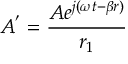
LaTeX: A ^ { ' } = { \frac { A e ^ { j ( \omega t - \beta r ) } } { r _ { 1 } } }